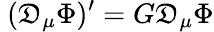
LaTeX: \ (\mathfrak{D}_{\mu}\Phi)^{\prime}=G\mathfrak{D}_{\mu}\Phi